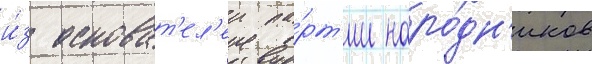
и́з основат'ел'еи па́рт'ии наро́дн'иков